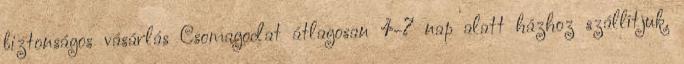
biztonságos vásárlás Csomagodat átlagosan 4-7 nap alatt házhoz szállítjuk.